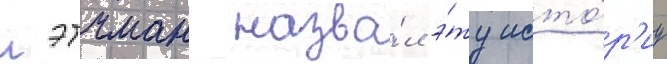
лэтчман назва́л э́ту исто́р'иу